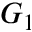
G _ { 1 }